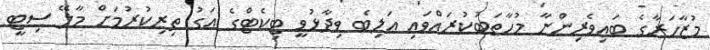
މުޒާހަރާގެ ބައިވެރިންނާ މުހާތަބުކުރައްވައި އަލިބެ ވިދާޅުވީ ޓިކެޓްގެ އަގު ތިރިކުރުމަށް މާލޭ ސިޓީ